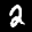
Label: 2